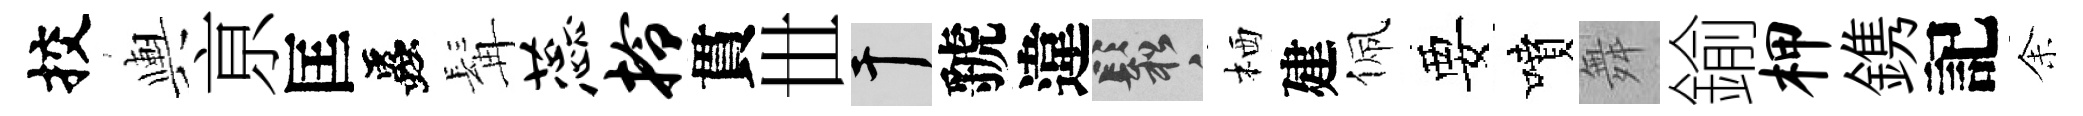
挍輿亰匡蟲髯蕊拎貫𠀍干虢違鬆栖建佩要噴舞鍮柙鎸記𪜬